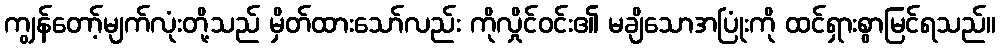
ကျွန်တော့်မျက်လုံးတို့သည် မှိတ်ထားသော်လည်း ကိုလှိုင်ဝင်း၏ မချိသောအပြုံးကို ထင်ရှားစွာမြင်ရသည်။